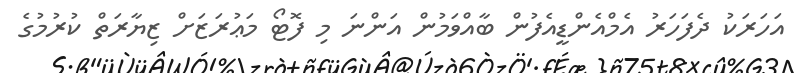
އަހަރަކު ދެފަހަރު އެމްއެންޑީއެފުން ބާއްވަމުން އަންނަ މި ފޮޓޯ މަޢުރަޒަށް ޒިޔާރަތް ކުރުމުގެ